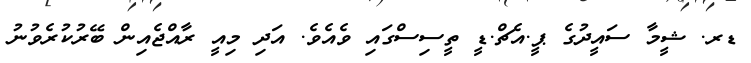
ޑރ. ޝީމާ ސައީދުގެ ޕީ.އެޗް.ޑީ ތީސިސްގައި ވެއެވެ. އަދި މިއީ ރާއްޖެއިން ބޭރުކުރެވުނު